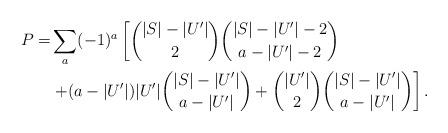
LaTeX: \begin{align*}P =& \sum_a (-1)^a \left [\binom{|S|-|U'|}{2}\binom{|S|-|U'|-2} {a-|U'|-2} \right .\\ &\left . + (a-|U'|)|U'|\binom{|S|-|U'|}{a-|U'|}+\binom{|U'|} {2}\binom{|S|-|U'|}{a-|U'|} \right ].\end{align*}